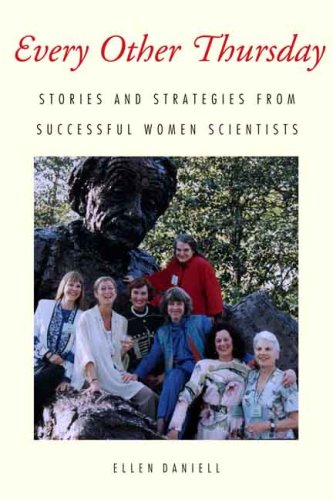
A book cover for Every Other Thursday: Stories and Strategies from Successful Women Scientists; Ellen Daniell; Science & Math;